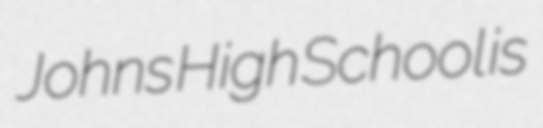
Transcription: Johns High School is